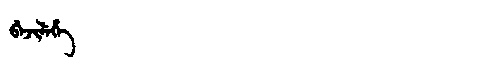
Manchu: ᠪᡝᠵᡳᠯᡝᡥᡝ
Romanization: BEJILEHE